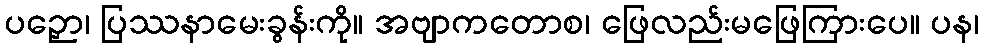
ပဉှော၊ ပြဿနာမေးခွန်းကို။ အဗျာကတောစ၊ ဖြေလည်းမဖြေကြားပေ။ ပန၊